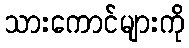
သားကောင်များကို